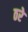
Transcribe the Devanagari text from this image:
ठरे